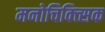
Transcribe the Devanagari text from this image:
मनोचिक्त्सिक